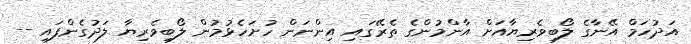
އަދުހަމް އޭނާގެ ލޯބިވެރިޔާއަށް އާންމުންގެ ތެރޭގައި އިންނަން ހުށަހެޅުމުން ލޯބިވެރިޔާ ލަދުގެންފައި --